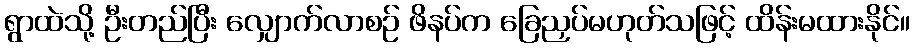
ရွာထဲသို့ ဦးတည်ပြီး လျှောက်လာစဉ် ဖိနပ်က ခြေညှပ်မဟုတ်သဖြင့် ထိန်းမထားနိုင်။